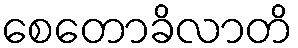
စေတောခိလာတိ